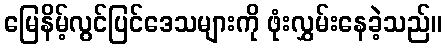
မြေနိမ့်လွင်ပြင်ဒေသများကို ဖုံးလွှမ်းနေခဲ့သည်။